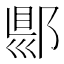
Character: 郻